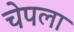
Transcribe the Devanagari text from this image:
चेपला